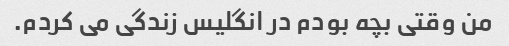
من وقتی بچه بودم در انگلیس زندگی می کردم.